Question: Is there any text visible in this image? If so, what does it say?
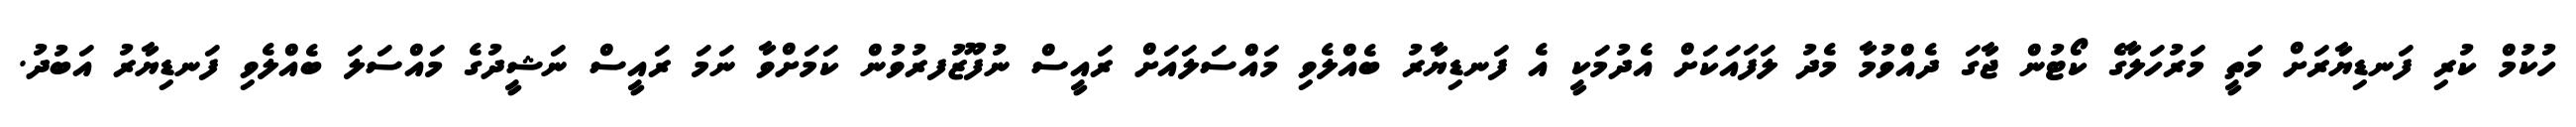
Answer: ހުކުމް ކުރި ފަނޑިޔާރަށް މަތީ މަރުހަލާގެ ކޯޓުން ޖާގަ ދެއްވުމާ މެދު ލަފައަކަށް އެދުމަކީ އެ ފަނޑިޔާރު ބެއްލެވި މައްސަލައަށް ރައީސް ނުފޫޒުފރުވުން ކަމަށްވާ ނަމަ ރައީސް ނަޝީދުގެ މައްސަލަ ބެއްލެވި ފަނޑިޔާރު އަބުދު.